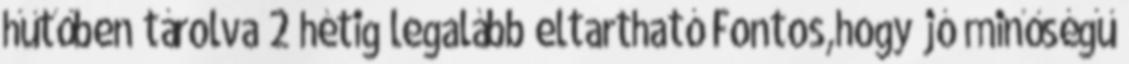
hűtőben tárolva 2 hétig legalább eltartható Fontos,hogy jó minőségű